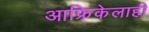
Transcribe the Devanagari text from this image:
आफ्रिकेलाही